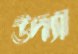
উদ্যা